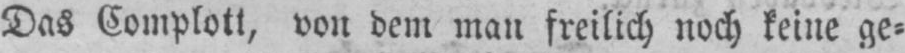
Das Complott, von dem man freilich noch keine ge⸗